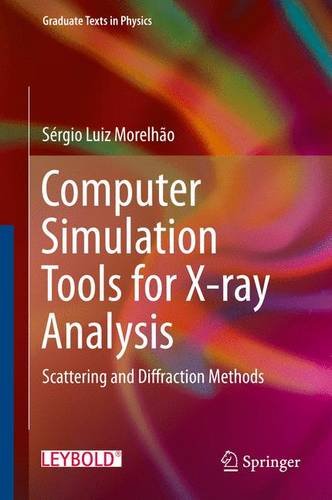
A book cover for Computer Simulation Tools for X-ray Analysis: Scattering and Diffraction Methods (Graduate Texts in Physics); SÃ©rgio Luiz MorelhÃ£o; Science & Math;